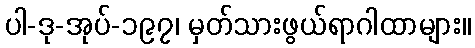
ပါ-ဒု-အုပ်-၁၉၇၊ မှတ်သားဖွယ်ရာဂါထာများ။